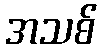
အသစ်